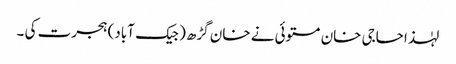
لہٰذا حاجی خان مستوئی نے خان گڑھ ( جیک آباد) ہجرت کی ۔